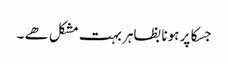
جسکا پر ہونا بظاہر بہت مشکل ھے ۔